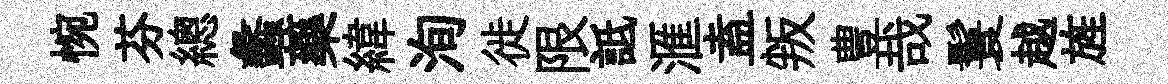
惋芬總蠡藥緯洵徙限詆滙盍叛豊哉鬟越旌